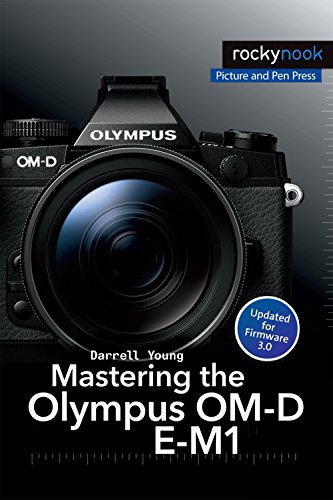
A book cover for Mastering the Olympus OM-D E-M1; Darrell Young; Computers & Technology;